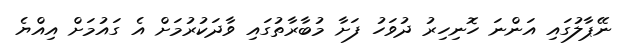
ނޭޕާލުގައި އަންނަ ހޮނިހިރު ދުވަހު ފަށާ މުބާރާތުގައި ވާދަކުރުމަށް އެ ގައުމަށް އިއްޔެ